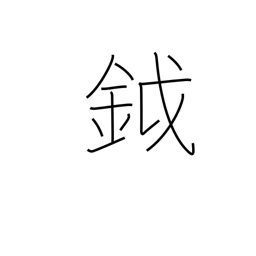
Meaning: battleaxe